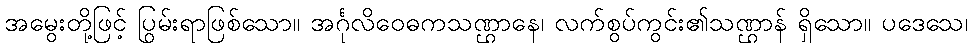
အမွေးတို့ဖြင့် ပြွမ်းရာဖြစ်သော။ အင်္ဂုလိဝေဓကသဏ္ဌာနေ၊ လက်စွပ်ကွင်း၏သဏ္ဌာန် ရှိသော။ ပဒေသေ၊